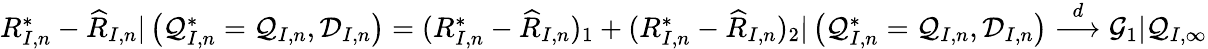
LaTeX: \begin{array}{r}{R_{I,n}^{*}-\widehat{R}_{I,n}|\left(\mathcal{Q}_{I,n}^{*}=\mathcal{Q}_{I,n},\mathcal{D}_{I,n}\right)=(R_{I,n}^{*}-\widehat R_{I,n})_{1}+(R_{I,n}^{*}-\widehat R_{I,n})_{2}|\left(\mathcal{Q}_{I,n}^{*}=\mathcal{Q}_{I,n},\mathcal{D}_{I,n}\right)\overset{d}{\longrightarrow}\mathcal{G}_{1}|\mathcal{Q}_{I,\infty}}\end{array}